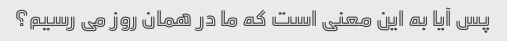
پس آیا به این معنی است که ما در همان روز می رسیم؟